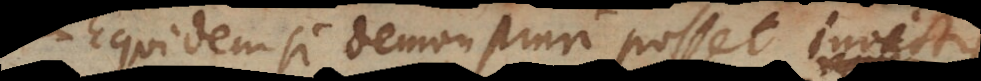
Equidem si demonstrari posset invict